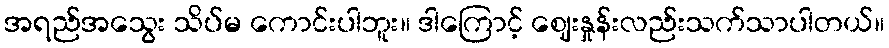
အရည်အသွေး သိပ်မ ကောင်းပါဘူး။ ဒါကြောင့် ဈေးနှုန်းလည်းသက်သာပါတယ်။